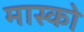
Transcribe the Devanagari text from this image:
मास्‍को